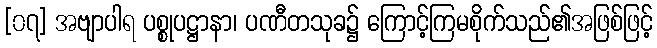
[၀၇] အဗျာပါရ ပစ္စုပဋ္ဌာနာ၊ ပဏီတသုခ၌ ကြောင့်ကြမစိုက်သည်၏အဖြစ်ဖြင့်